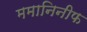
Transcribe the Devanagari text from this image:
ममानिनीफ